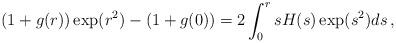
LaTeX: \begin{align*}(1+g(r))\exp(r^2)-(1+g(0))=2\int_0^r s H(s) \exp(s^2) ds\,,\end{align*}